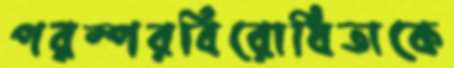
পরস্পরবিরোধিতাকে